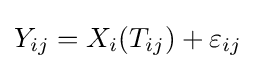
Y_{ij}=X_{i}(T_{ij})+\varepsilon _{ij}